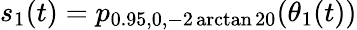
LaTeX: s_{1}(t)=p_{0.95,0,-2\arctan 20}(\theta_{1}(t))